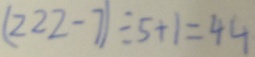
( 2 2 2 - 7 ) \div 5 + 1 = 4 4